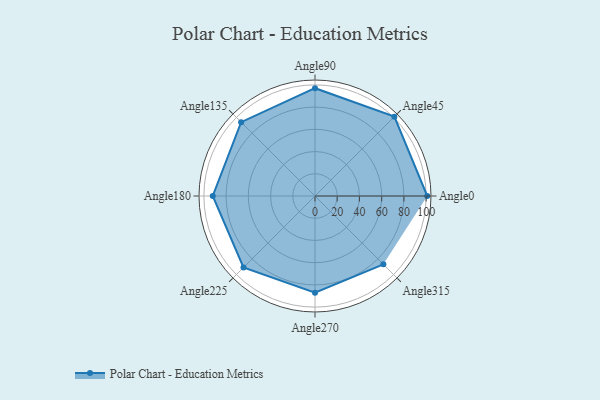
{"axis": {"x": "Angle", "y": "Radius"}, "legend": [""], "data": [{"x": "Angle0", "y": 101.0, "type": ""}, {"x": "Angle45", "y": 101.0, "type": ""}, {"x": "Angle90", "y": 97.0, "type": ""}, {"x": "Angle135", "y": 94.0, "type": ""}, {"x": "Angle180", "y": 92.0, "type": ""}, {"x": "Angle225", "y": 91.0, "type": ""}, {"x": "Angle270", "y": 87.0, "type": ""}, {"x": "Angle315", "y": 87.0, "type": ""}]}